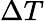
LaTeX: \Delta T